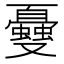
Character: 𠮕